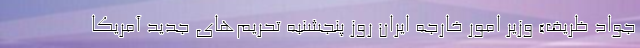
جواد ظریف» وزیر امور خارجه ایران روز پنجشنبه تحریم‌های جدید آمریکا